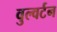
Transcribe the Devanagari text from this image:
वुल्वर्टन